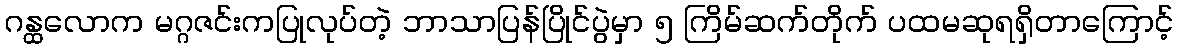
ဂန္ထလောက မဂ္ဂဇင်းကပြုလုပ်တဲ့ ဘာသာပြန်ပြိုင်ပွဲမှာ ၅ ကြိမ်ဆက်တိုက် ပထမဆုရရှိတာကြောင့်